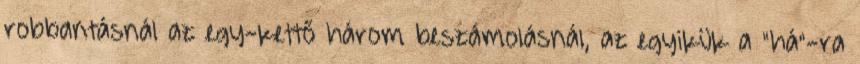
robbantásnál az egy-kettő három beszámolásnál, az egyikük a "há"-ra